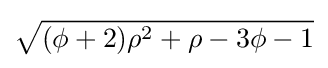
{\sqrt {(\phi +2)\rho ^{2}+\rho -3\phi -1}}